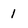
Character: I